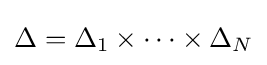
\Delta =\Delta _{1}\times \cdots \times \Delta _{N}